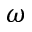
\omega